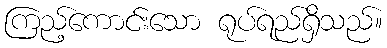
ကြည့်ကောင်းသော ရုပ်ရည်ရှိသည်။